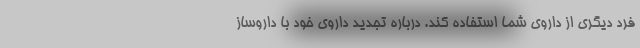
فرد دیگری از داروی شما استفاده کند. درباره تجدید داروی خود با داروساز